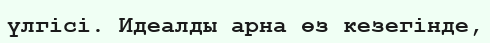
үлгісі. Идеалды арна өз кезегінде,